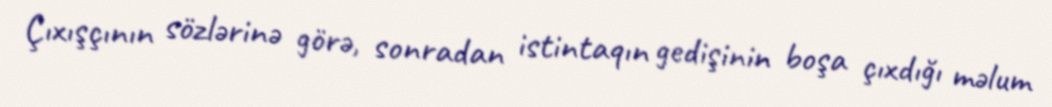
Çıxışçının sözlərinə görə, sonradan istintaqın gedişinin boşa çıxdığı məlum